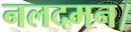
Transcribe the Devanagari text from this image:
नलदमन।